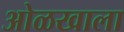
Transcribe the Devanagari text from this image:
ओळखाला